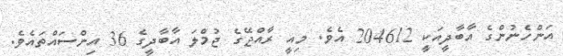
އަންހެނުންގެ އާބާދީއަކީ 204612 އެވެ. މިއީ ރާއްޖޭގެ ޖުމްލަ އާބާދީގެ 36 އިންސައްތައެވެ.